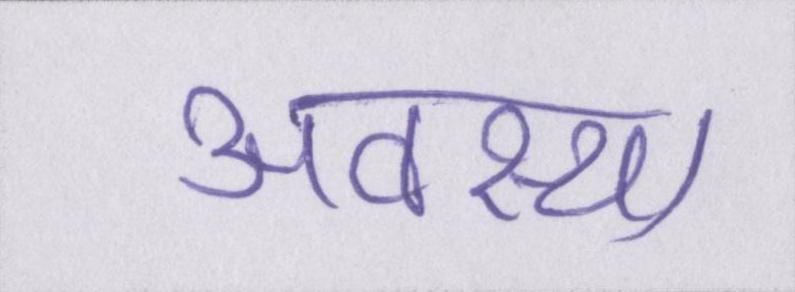
अवस्था